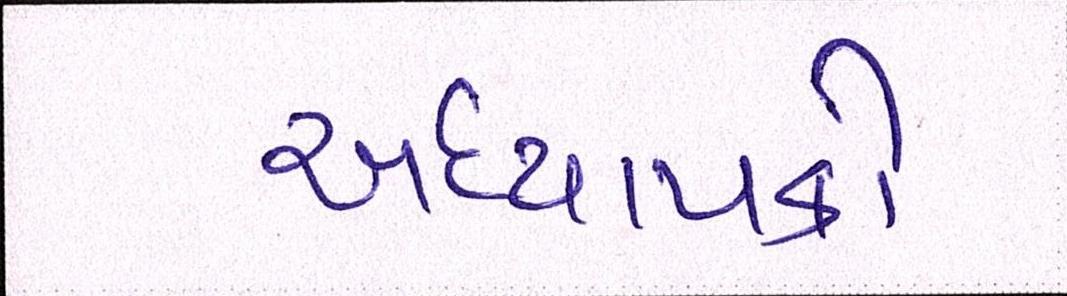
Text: અધ્યાપકો